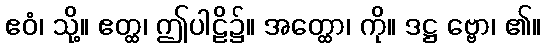
ဧဝံ၊ သို့။ ဧတ္ထ၊ ဤပါဠိ၌။ အတ္ထော၊ ကို။ ဒဋ္ဌ ဗ္ဗော၊ ၏။